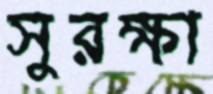
সুরক্ষা